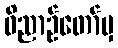
ဝိညာဉ်တော်မှ